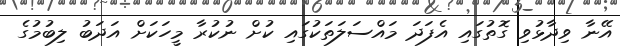
އޭނާ ވިދާޅުވި ގޮތުގައި އެފަދަ މައްސަލަތަކުގައި ކުށް ނުކުރާ މީހަކަށް އަދަބު ލިބުމުގެ